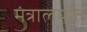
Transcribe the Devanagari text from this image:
मंत्रालयांत